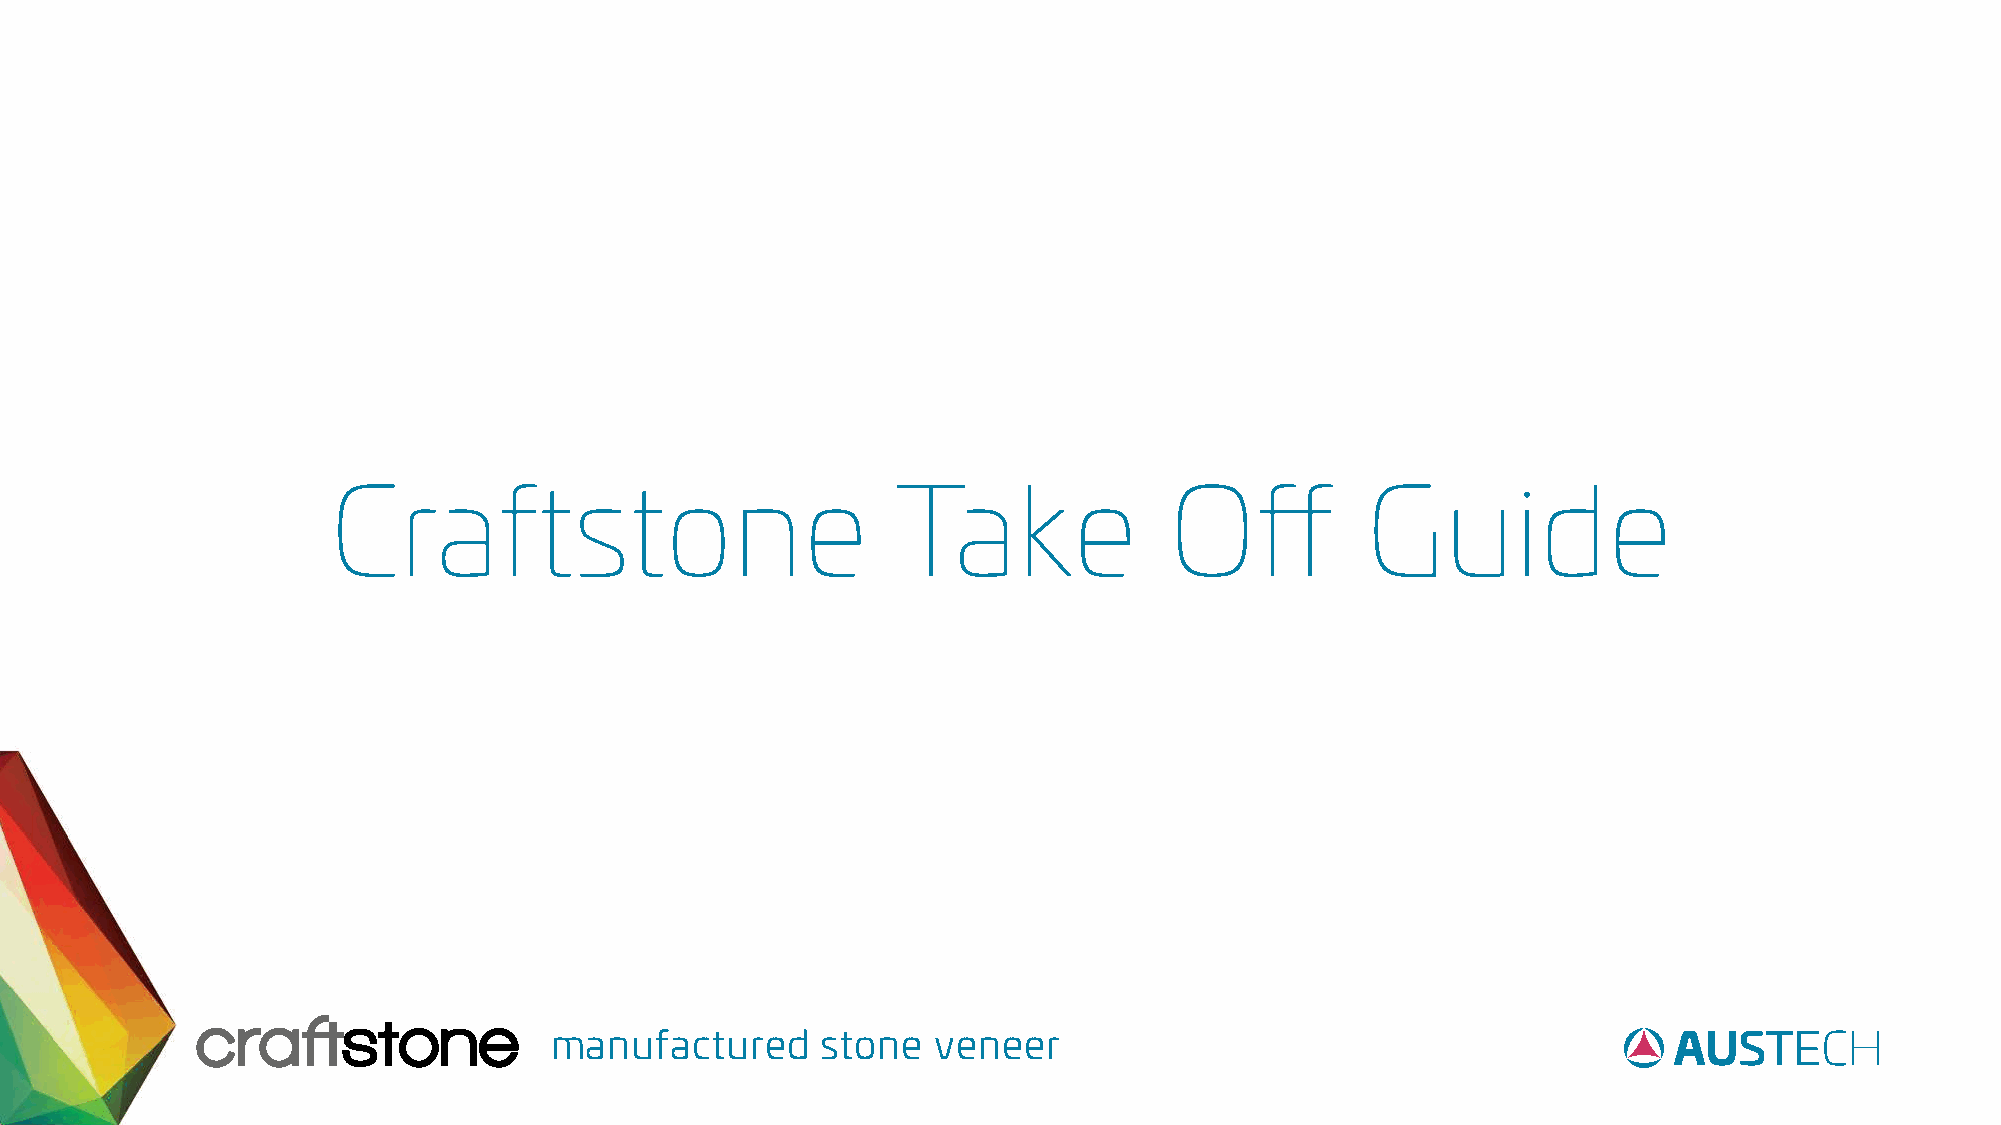
Craftstone                           Take              Off          Guide
 manufactured      stone   veneer
 2